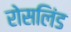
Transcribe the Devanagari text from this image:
रोसलिंड